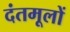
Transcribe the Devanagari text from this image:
दंतमूलों